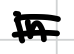
Text: in
Cross-out: double-line
Writing tool: digital_black